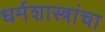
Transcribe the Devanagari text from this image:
धर्मशास्त्रांचा